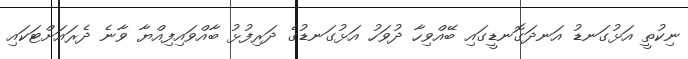
ނިކުތީ އަޅުގަނޑު އަނދަގޮނޑީގައި ބޭއްވިހާ ދުވަހު އަޅުގަނޑުގެ ދަރިފުޅު ބާއްވައިފިއްޔާ ވާނެ ދެރައަށްޓަކައި